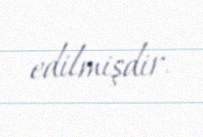
edilmişdir.